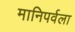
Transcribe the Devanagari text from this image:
मानिपर्वला